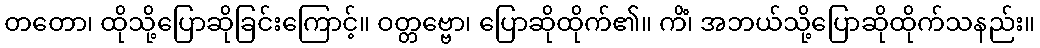
တတော၊ ထိုသို့ပြောဆိုခြင်းကြောင့်။ ဝတ္တဗ္ဗော၊ ပြောဆိုထိုက်၏။ ကိံ၊ အဘယ်သို့ပြောဆိုထိုက်သနည်း။